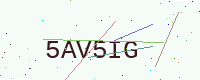
Text: 5AV5IG